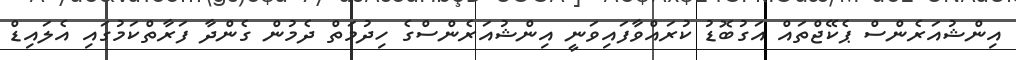
އިންޝުއަރެންސް ޕެކޭޖްތައް އަގުބޮޑު ކުރައްވާފައިވަނީ އިންޝުއަރެންސްގެ ހިދުމަތް ދެމުން ގެންދާ ފަރާތްކަމުގައި އެލައިޑް